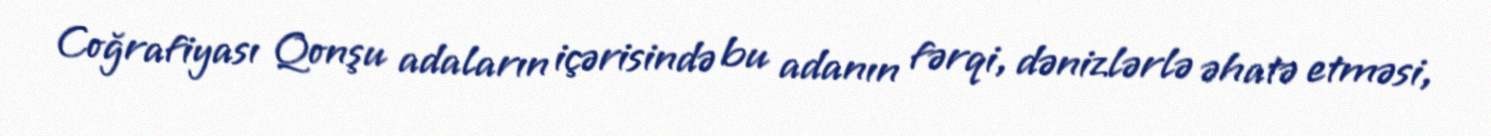
Coğrafiyası Qonşu adaların içərisində bu adanın fərqi, dənizlərlə əhatə etməsi,